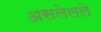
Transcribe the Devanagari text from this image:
असलेलले